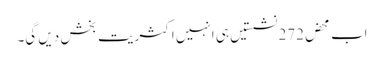
اب محض272 نشستیں ہی انہیں اکثریت بخش دیں گی۔